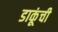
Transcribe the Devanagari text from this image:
डाकूंची